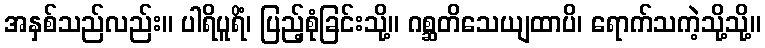
အနှစ်သည်လည်း။ ပါရိပူရိံ၊ ပြည့်စုံခြင်းသို့။ ဂစ္ဆတိသေယျထာပိ၊ ရောက်သကဲ့သို့သို့။